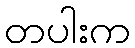
တပါးက